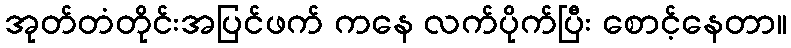
အုတ်တံတိုင်းအပြင်ဖက် ကနေ လက်ပိုက်ပြီး စောင့်နေတာ။